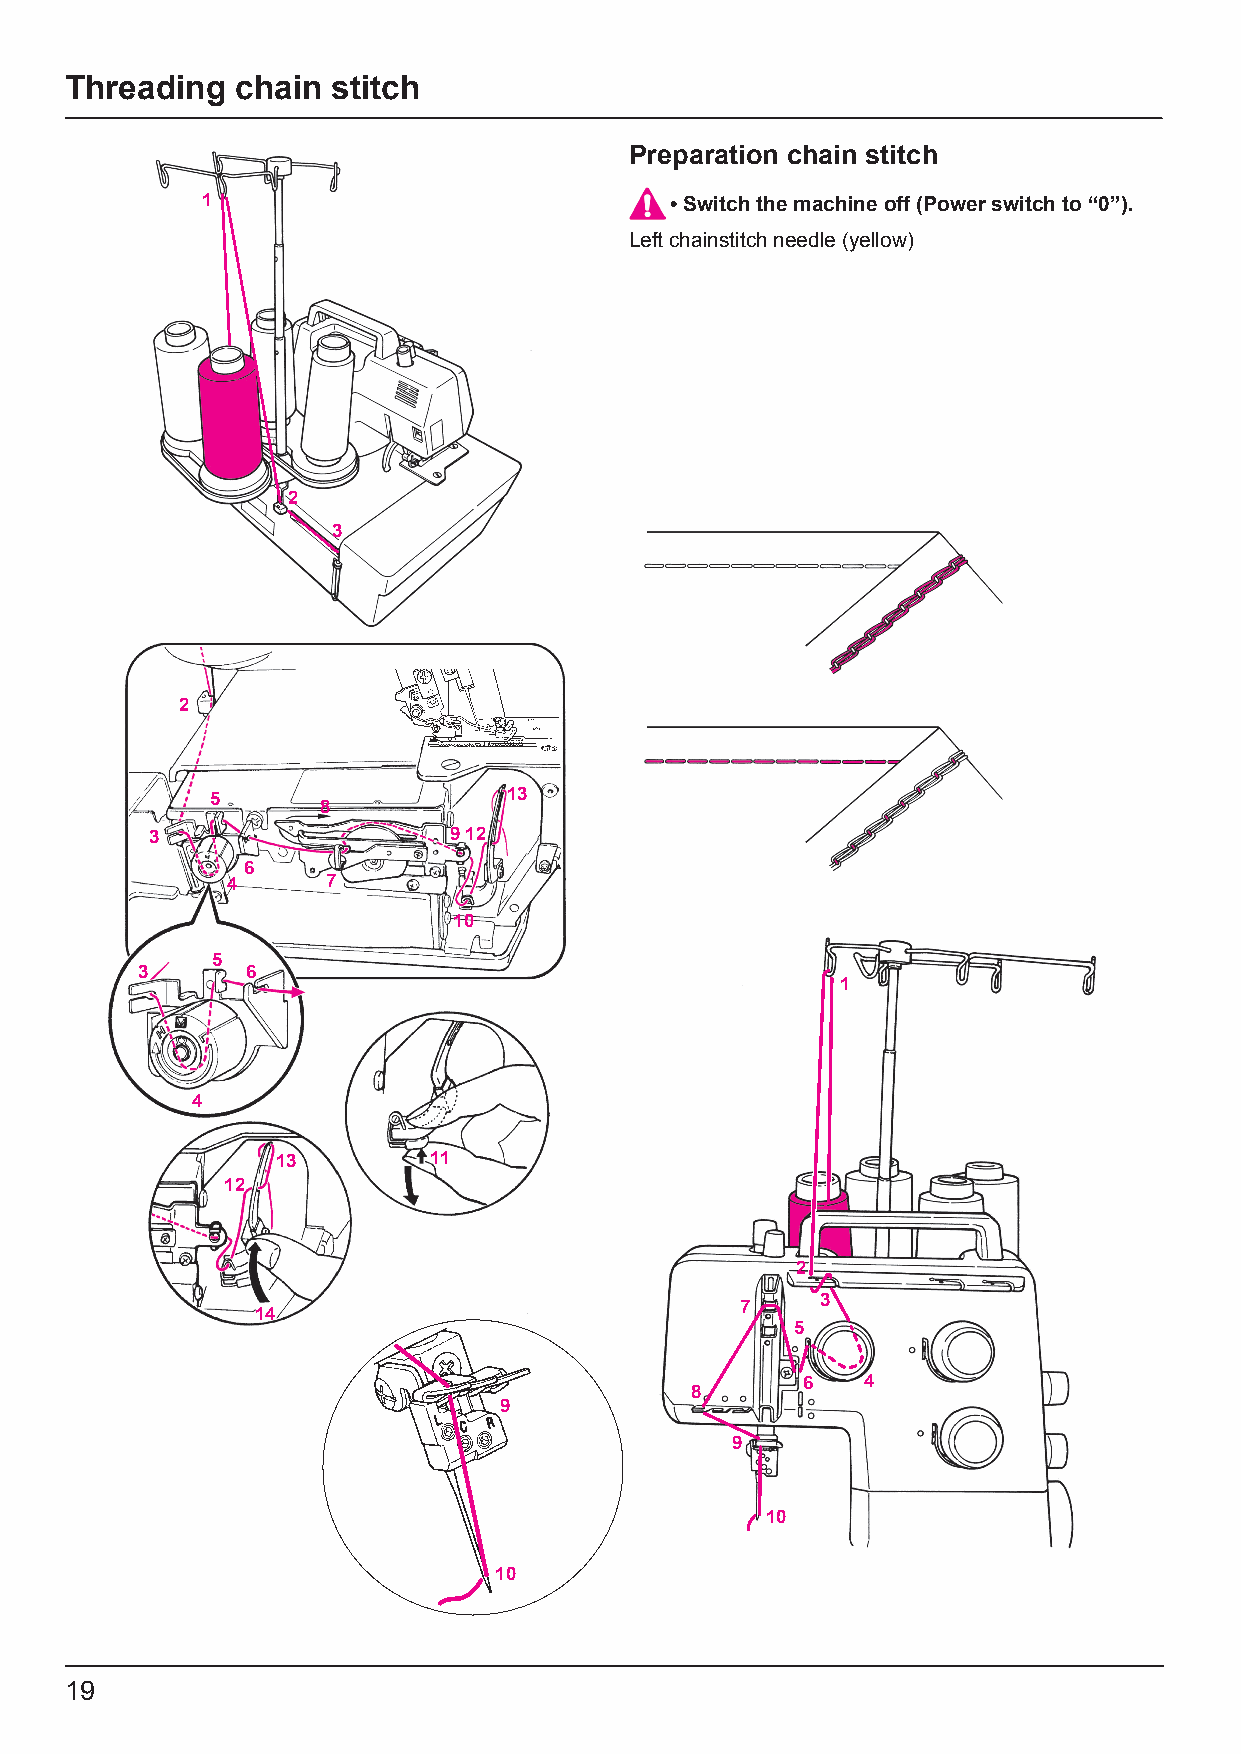
Threading   chain stitch
 Preparation chain stitch
 1                              • Switch the machine off (Power switch to “0”).
 Left chainstitch needle (yellow)
 2
 3
 2
 5                   13
 8
 3                   912
 6
 4      7
 10
 5
 3      6
 1
 4
 13        11
 12
 2
 3
 7
 14
 5
 6   4
 8
 9
 9
 10
 10
 19